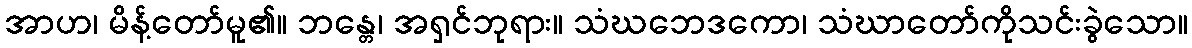
အာဟ၊ မိန့်တော်မူ၏။ ဘန္တေ၊ အရှင်ဘုရား။ သံဃဘေဒကော၊ သံဃာတော်ကိုသင်းခွဲသော။